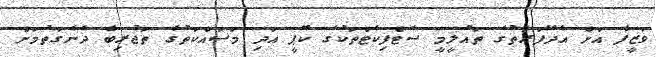
ވަޒީފާ އަށް އެދޭފަރާތުގެ ތައުލީމީ ސެޓްފިކެޓްތަކުގެ ކޮޕީ އަދި މަސައްކަތުގެ ތަޖުރިބާ ދެނެގަތުމަށް